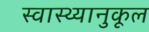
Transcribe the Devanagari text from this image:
स्वास्थ्यानुकूल